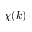
\chi ( k )